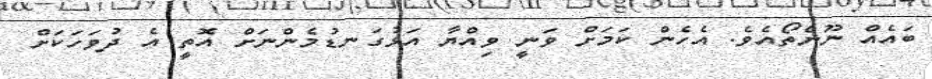
ބައެއް ނޫންތޯއެވެ. އެހެން ކަމަށް ވަނީ ވިއްޔާ އަޅުގަނޑުމެންނަށް އޮތީ އެ ދުވަހަކަށް